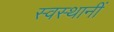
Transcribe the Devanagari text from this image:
स्वस्थानीं